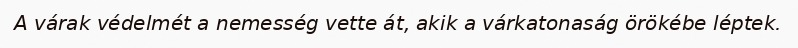
A várak védelmét a nemesség vette át, akik a várkatonaság örökébe léptek.